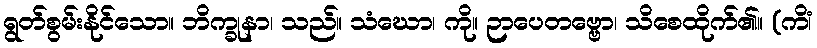
ရွတ်စွမ်းနိုင်သော။ ဘိက္ခုနာ၊ သည်။ သံဃော၊ ကို။ ဉာပေတဗ္ဗော၊ သိစေထိုက်၏။ (ကိံ၊